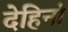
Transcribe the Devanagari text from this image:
देहिनां